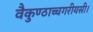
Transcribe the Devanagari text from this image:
वैकुण्ठाच्चगरीयसी।